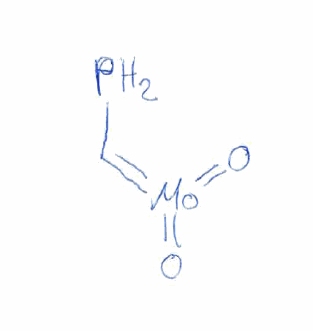
Simplified molecular-input line-entry system (SMILES) notation of the given molecule:
C(=[Mo](=O)=O)P